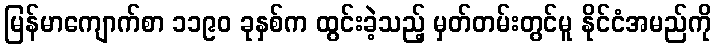
မြန်မာကျောက်စာ ၁၁၉၀ ခုနှစ်က ထွင်းခဲ့သည့် မှတ်တမ်းတွင်မူ နိုင်ငံအမည်ကို